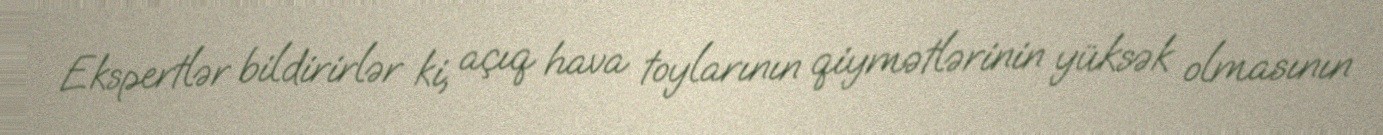
Ekspertlər bildirirlər ki, açıq hava toylarının qiymətlərinin yüksək olmasının